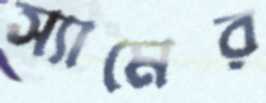
স্যামের